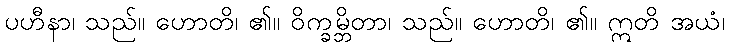
ပဟီနာ၊ သည်။ ဟောတိ၊ ၏။ ဝိက္ခမ္ဘိတာ၊ သည်။ ဟောတိ၊ ၏။ ဣတိ အယံ၊